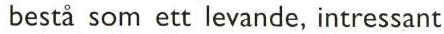
bestå som ett levande, intressant